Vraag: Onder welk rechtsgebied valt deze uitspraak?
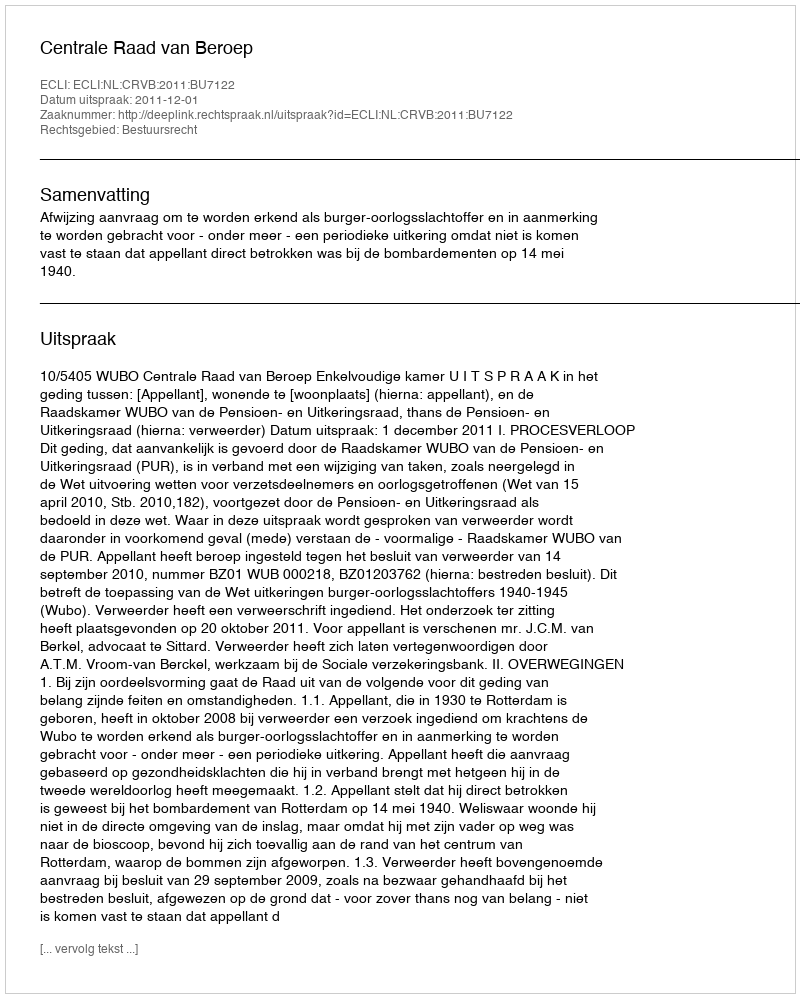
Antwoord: Bestuursrecht